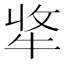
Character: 𤙘